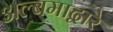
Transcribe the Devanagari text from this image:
अल्बमाद्वारे